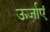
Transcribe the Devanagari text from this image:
ऊर्जाएं